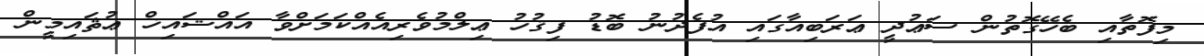
މިފޮތާއި ބެހޭގޮތުން ސަޢުދީ ޢަރަބިއާގައި އުފެދުނު ބޮޑު ފިޤުހު ޢިލްމުވެރިއެއްކަމަށްވާ އައްޝައިޚް ޢުޘައިމީން